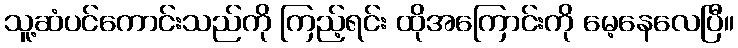
သူ့ဆံပင်ကောင်းသည်ကို ကြည့်ရင်း ထိုအကြောင်းကို မေ့နေလေပြီ။